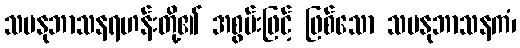
သမနုဘာသနရဟန်းတို့၏ အစွမ်းဖြင့် ဖြစ်သော သမနုဘာသနကံ၊